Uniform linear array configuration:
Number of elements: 16
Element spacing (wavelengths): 0.25
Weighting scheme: blackman
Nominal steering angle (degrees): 60
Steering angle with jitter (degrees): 58.706
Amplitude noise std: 0.05
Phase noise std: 0.05

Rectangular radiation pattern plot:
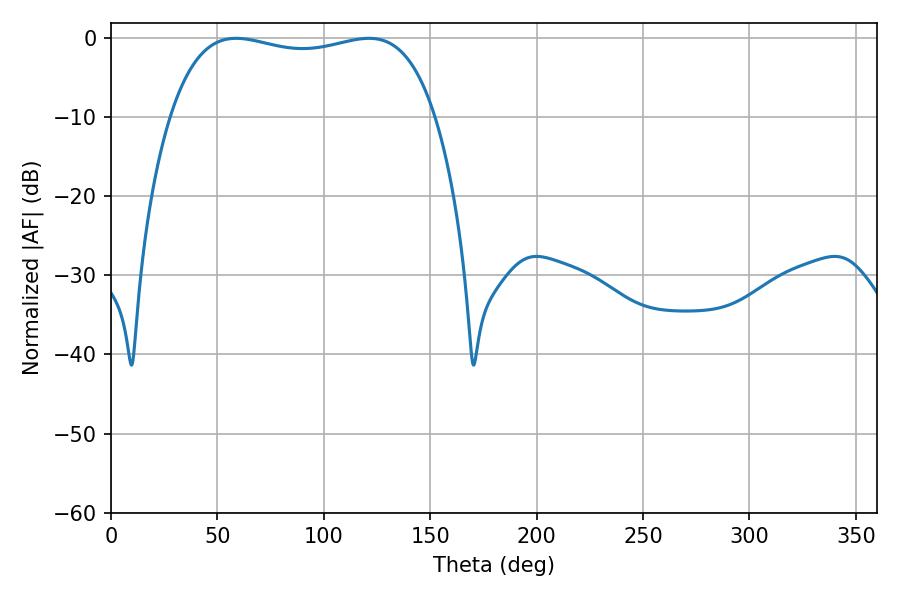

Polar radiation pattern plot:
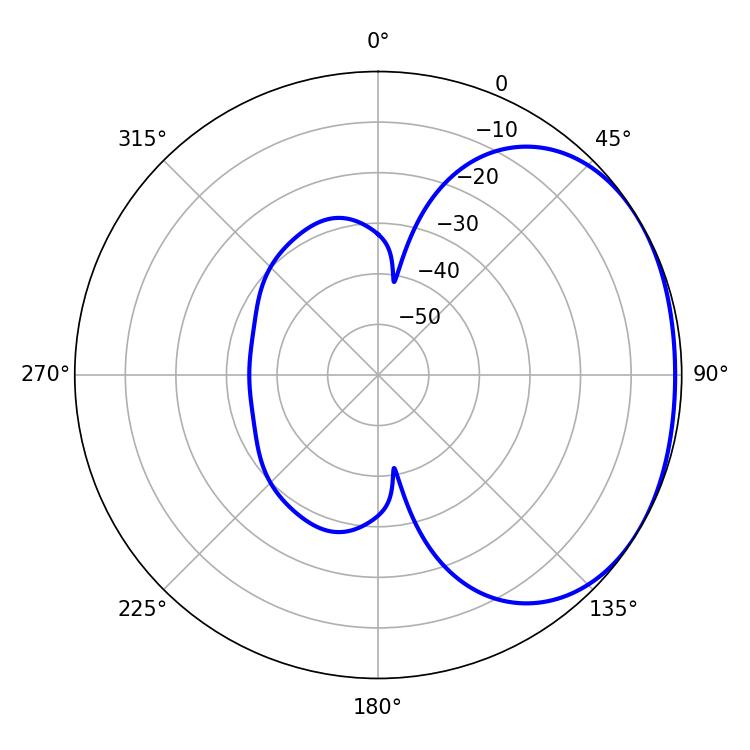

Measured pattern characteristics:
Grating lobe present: FALSE
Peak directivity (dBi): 1.607
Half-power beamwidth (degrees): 100.8
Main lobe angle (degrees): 58.86